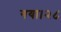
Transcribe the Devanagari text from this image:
गया।२८